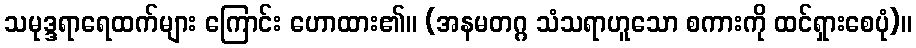
သမုဒ္ဒရာရေထက်များ ကြောင်း ဟောထား၏။ (အနမတဂ္ဂ သံသရာဟူသော စကားကို ထင်ရှားစေပုံ)။